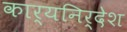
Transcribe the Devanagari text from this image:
कार्यनिर्देश